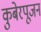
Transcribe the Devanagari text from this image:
कुबेरपूजन